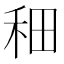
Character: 𫀪